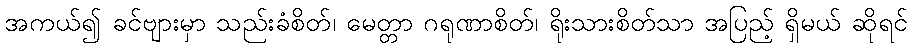
အကယ်၍ ခင်ဗျားမှာ သည်းခံစိတ်၊ မေတ္တာ ဂရုဏာစိတ်၊ ရိုးသားစိတ်သာ အပြည့် ရှိမယ် ဆိုရင်